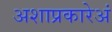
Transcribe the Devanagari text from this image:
अशाप्रकारेअं